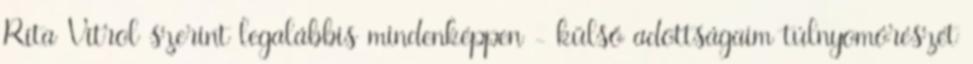
Rita Vitrol szerint legalábbis mindenképpen - külső adottságaim túlnyomórészét